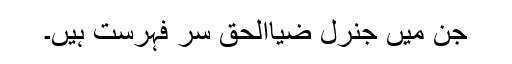
جن میں جنرل ضیاالحق سر فہرست ہیں۔